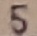
Text: 5